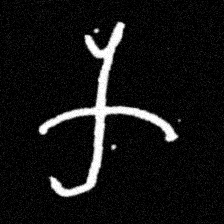
Pyu character \u2014 Myanmar letter: က (romanized: ka)